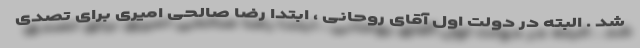
شد . البته در دولت اول آقای روحانی ، ابتدا رضا صالحی امیری برای تصدی